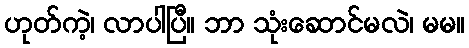
ဟုတ်ကဲ့၊ လာပါပြီ။ ဘာ သုံးဆောင်မလဲ၊ မမ။